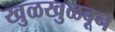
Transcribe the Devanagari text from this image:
खुळखुळवून